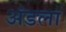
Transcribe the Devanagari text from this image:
अंडला